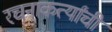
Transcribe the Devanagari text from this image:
रचनाकर्त्यांची